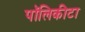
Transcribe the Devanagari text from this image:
पॉलिकीटा